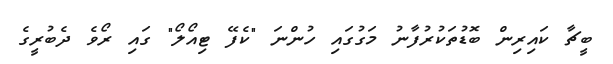
ބީޗާ ކައިރިން ބޮޑުތަކުރުފާނު މަގުގައި ހުންނަ "ކެފޭ ޓިއޯލޯ" ގައި ރޯވެ ދެބުރީގެ